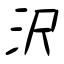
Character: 沢